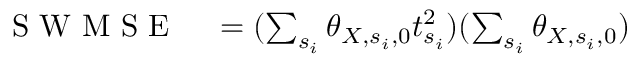
\begin{array} { r l } { \mathrm { ~ S ~ W ~ M ~ S ~ E ~ } } & { { } = ( \sum _ { s _ { i } } \theta _ { X , s _ { i } , 0 } t _ { s _ { i } } ^ { 2 } ) ( \sum _ { s _ { i } } \theta _ { X , s _ { i } , 0 } ) } \end{array}